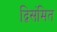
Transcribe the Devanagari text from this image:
द्विसंमित